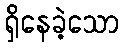
ရှိနေခဲ့သော